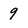
Character: 9